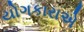
યોગકારાએ